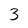
Character: 3